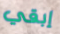
إبقي